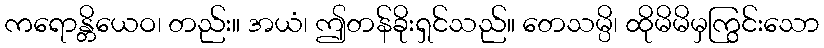
ကရောန္တိယေဝ၊ တည်း။ အယံ၊ ဤတန်ခိုးရှင်သည်။ တေသမ္ပိ၊ ထိုမိမိမှကြွင်းသော